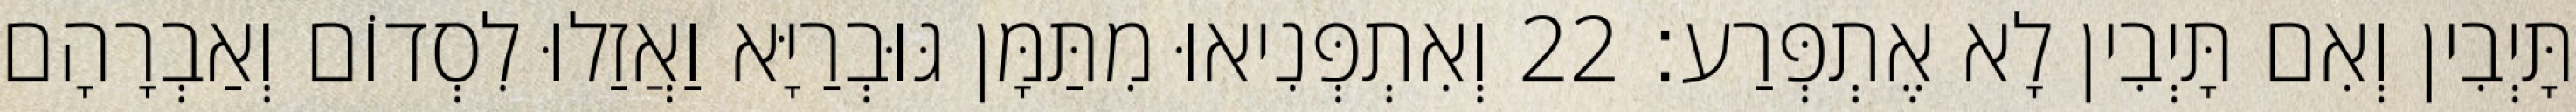
תָּיְבִין וְאִם תָּיְבִין לָא אֶתְפְּרַע׃ 22 וְאִתְפְּנִיאוּ מִתַּמָּן גּוּבְרַיָּא וַאֲזַלוּ לִסְדוֹם וְאַבְרָהָם